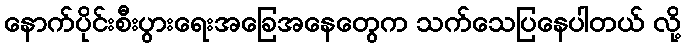
နောက်ပိုင်းစီးပွားရေးအခြေအနေတွေက သက်သေပြနေပါတယ် လို့